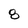
Character: 8